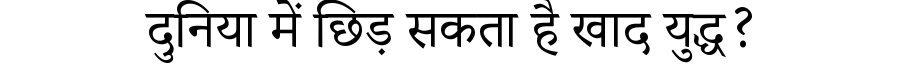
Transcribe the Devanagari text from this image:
दुनिया में छिड़ सकता है खाद युद्ध?